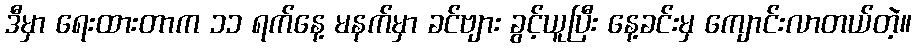
ဒီမှာ ရေးထားတာက ၁၁ ရက်နေ့ မနက်မှာ ခင်ဗျား ခွင့်ယူပြီး နေ့ခင်းမှ ကျောင်းလာတယ်တဲ့။